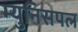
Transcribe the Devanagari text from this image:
म्युनिसपल